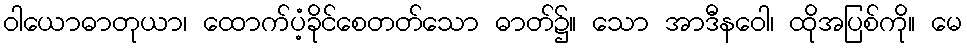
ဝါယောဓာတုယာ၊ ထောက်ပံ့ခိုင်စေတတ်သော ဓာတ်၌။ သော အာဒီနဝေါ၊ ထိုအပြစ်ကို။ မေ